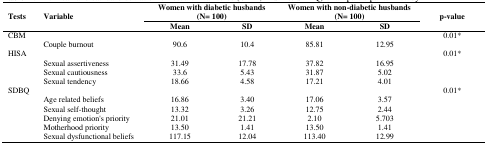
| <ROWSPAN=2> Tests | <ROWSPAN=2> Variable | <COLSPAN=2> Women with diabetic husbands(N= 100) | <COLSPAN=2> Women with non-diabetic husbands(N= 100) | <ROWSPAN=2> p-value |
 | Mean | SD | Mean | SD |
 | --- | --- | --- | --- | --- | --- | --- |
 | <COLSPAN=2> CBM |  |  |  |  | 0.01* |
 |  | Couple burnout | 90.6 | 10.4 | 85.81 | 12.95 |  |
 | <COLSPAN=2> HISA |  |  |  |  | 0.01* |
 |  | Sexual assertiveness | 31.49 | 17.78 | 37.82 | 16.95 |  |
 |  | Sexual cautiousness | 33.6 | 5.43 | 31.87 | 5.02 |  |
 |  | Sexual tendency | 18.66 | 4.58 | 17.21 | 4.01 |  |
 | <COLSPAN=2> SDBQ |  |  |  |  | 0.01* |
 |  | Age related beliefs | 16.86 | 3.40 | 17.06 | 3.57 |  |
 |  | Sexual self-thought | 13.32 | 3.26 | 12.75 | 2.44 |  |
 |  | Denying emotion's priority | 21.01 | 21.21 | 2.10 | 5.703 |  |
 |  | Motherhood priority | 13.50 | 1.41 | 13.50 | 1.41 |  |
 |  | Sexual dysfunctional beliefs | 117.15 | 12.04 | 113.40 | 12.99 |  |